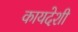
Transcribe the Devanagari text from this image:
कायदेशी